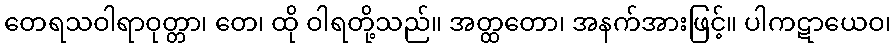
တေရသဝါရာဝုတ္တာ၊ တေ၊ ထို ဝါရတို့သည်။ အတ္ထတော၊ အနက်အားဖြင့်။ ပါကဋာယေဝ၊